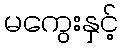
မကွေးနှင့်